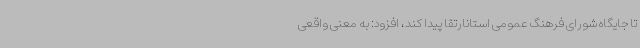
تا جایگاه شورای فرهنگ عمومی استانارتقا پیدا کند، افزود: به معنی واقعی